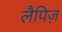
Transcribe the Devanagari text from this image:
लैपिज़